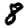
Digit: 8